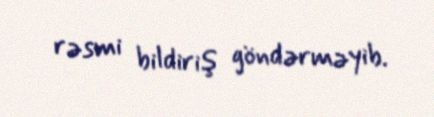
rəsmi bildiriş göndərməyib.